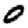
Digit: 0